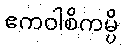
ဧကဝါစိကမ္ပိ